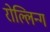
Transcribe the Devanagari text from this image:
रोल्लिन्ग